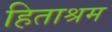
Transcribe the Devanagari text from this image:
हिताश्रम